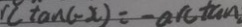
( \tan c - x ) = - \arctan .